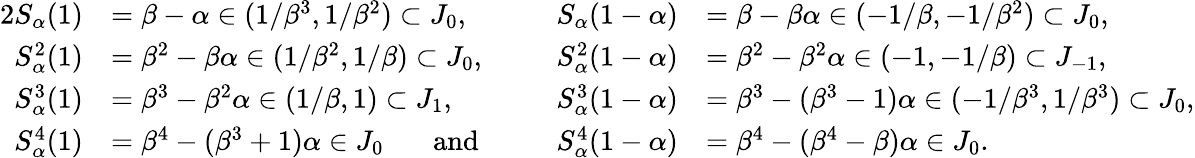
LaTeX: \begin{array}{rlrl}{{2}S_{\alpha}(1)}&{=\beta-\alpha\in(1/\beta^{3},1/\beta^{2})\subset J_{0},}&{S_{\alpha}(1-\alpha)}&{=\beta-\beta\alpha\in(-1/\beta,-1/\beta^{2})\subset J_{0},}\\ {S_{\alpha}^{2}(1)}&{=\beta^{2}-\beta\alpha\in(1/\beta^{2},1/\beta)\subset J_{0},}&{S_{\alpha}^{2}(1-\alpha)}&{=\beta^{2}-\beta^{2}\alpha\in(-1,-1/\beta)\subset J_{-1},}\\ {S_{\alpha}^{3}(1)}&{=\beta^{3}-\beta^{2}\alpha\in(1/\beta,1)\subset J_{1},}&{S_{\alpha}^{3}(1-\alpha)}&{=\beta^{3}-(\beta^{3}-1)\alpha\in(-1/\beta^{3},1/\beta^{3})\subset J_{0},}\\ {S_{\alpha}^{4}(1)}&{=\beta^{4}-(\beta^{3}+1)\alpha\in J_{0}\ \ \ \ \ \ \ \mathrm{and}\ \ \ \ \ \ \ }&{S_{\alpha}^{4}(1-\alpha)}&{=\beta^{4}-(\beta^{4}-\beta)\alpha\in J_{0}.}\end{array}